Jaan_Tonisson_(Lasteleht), lk 134
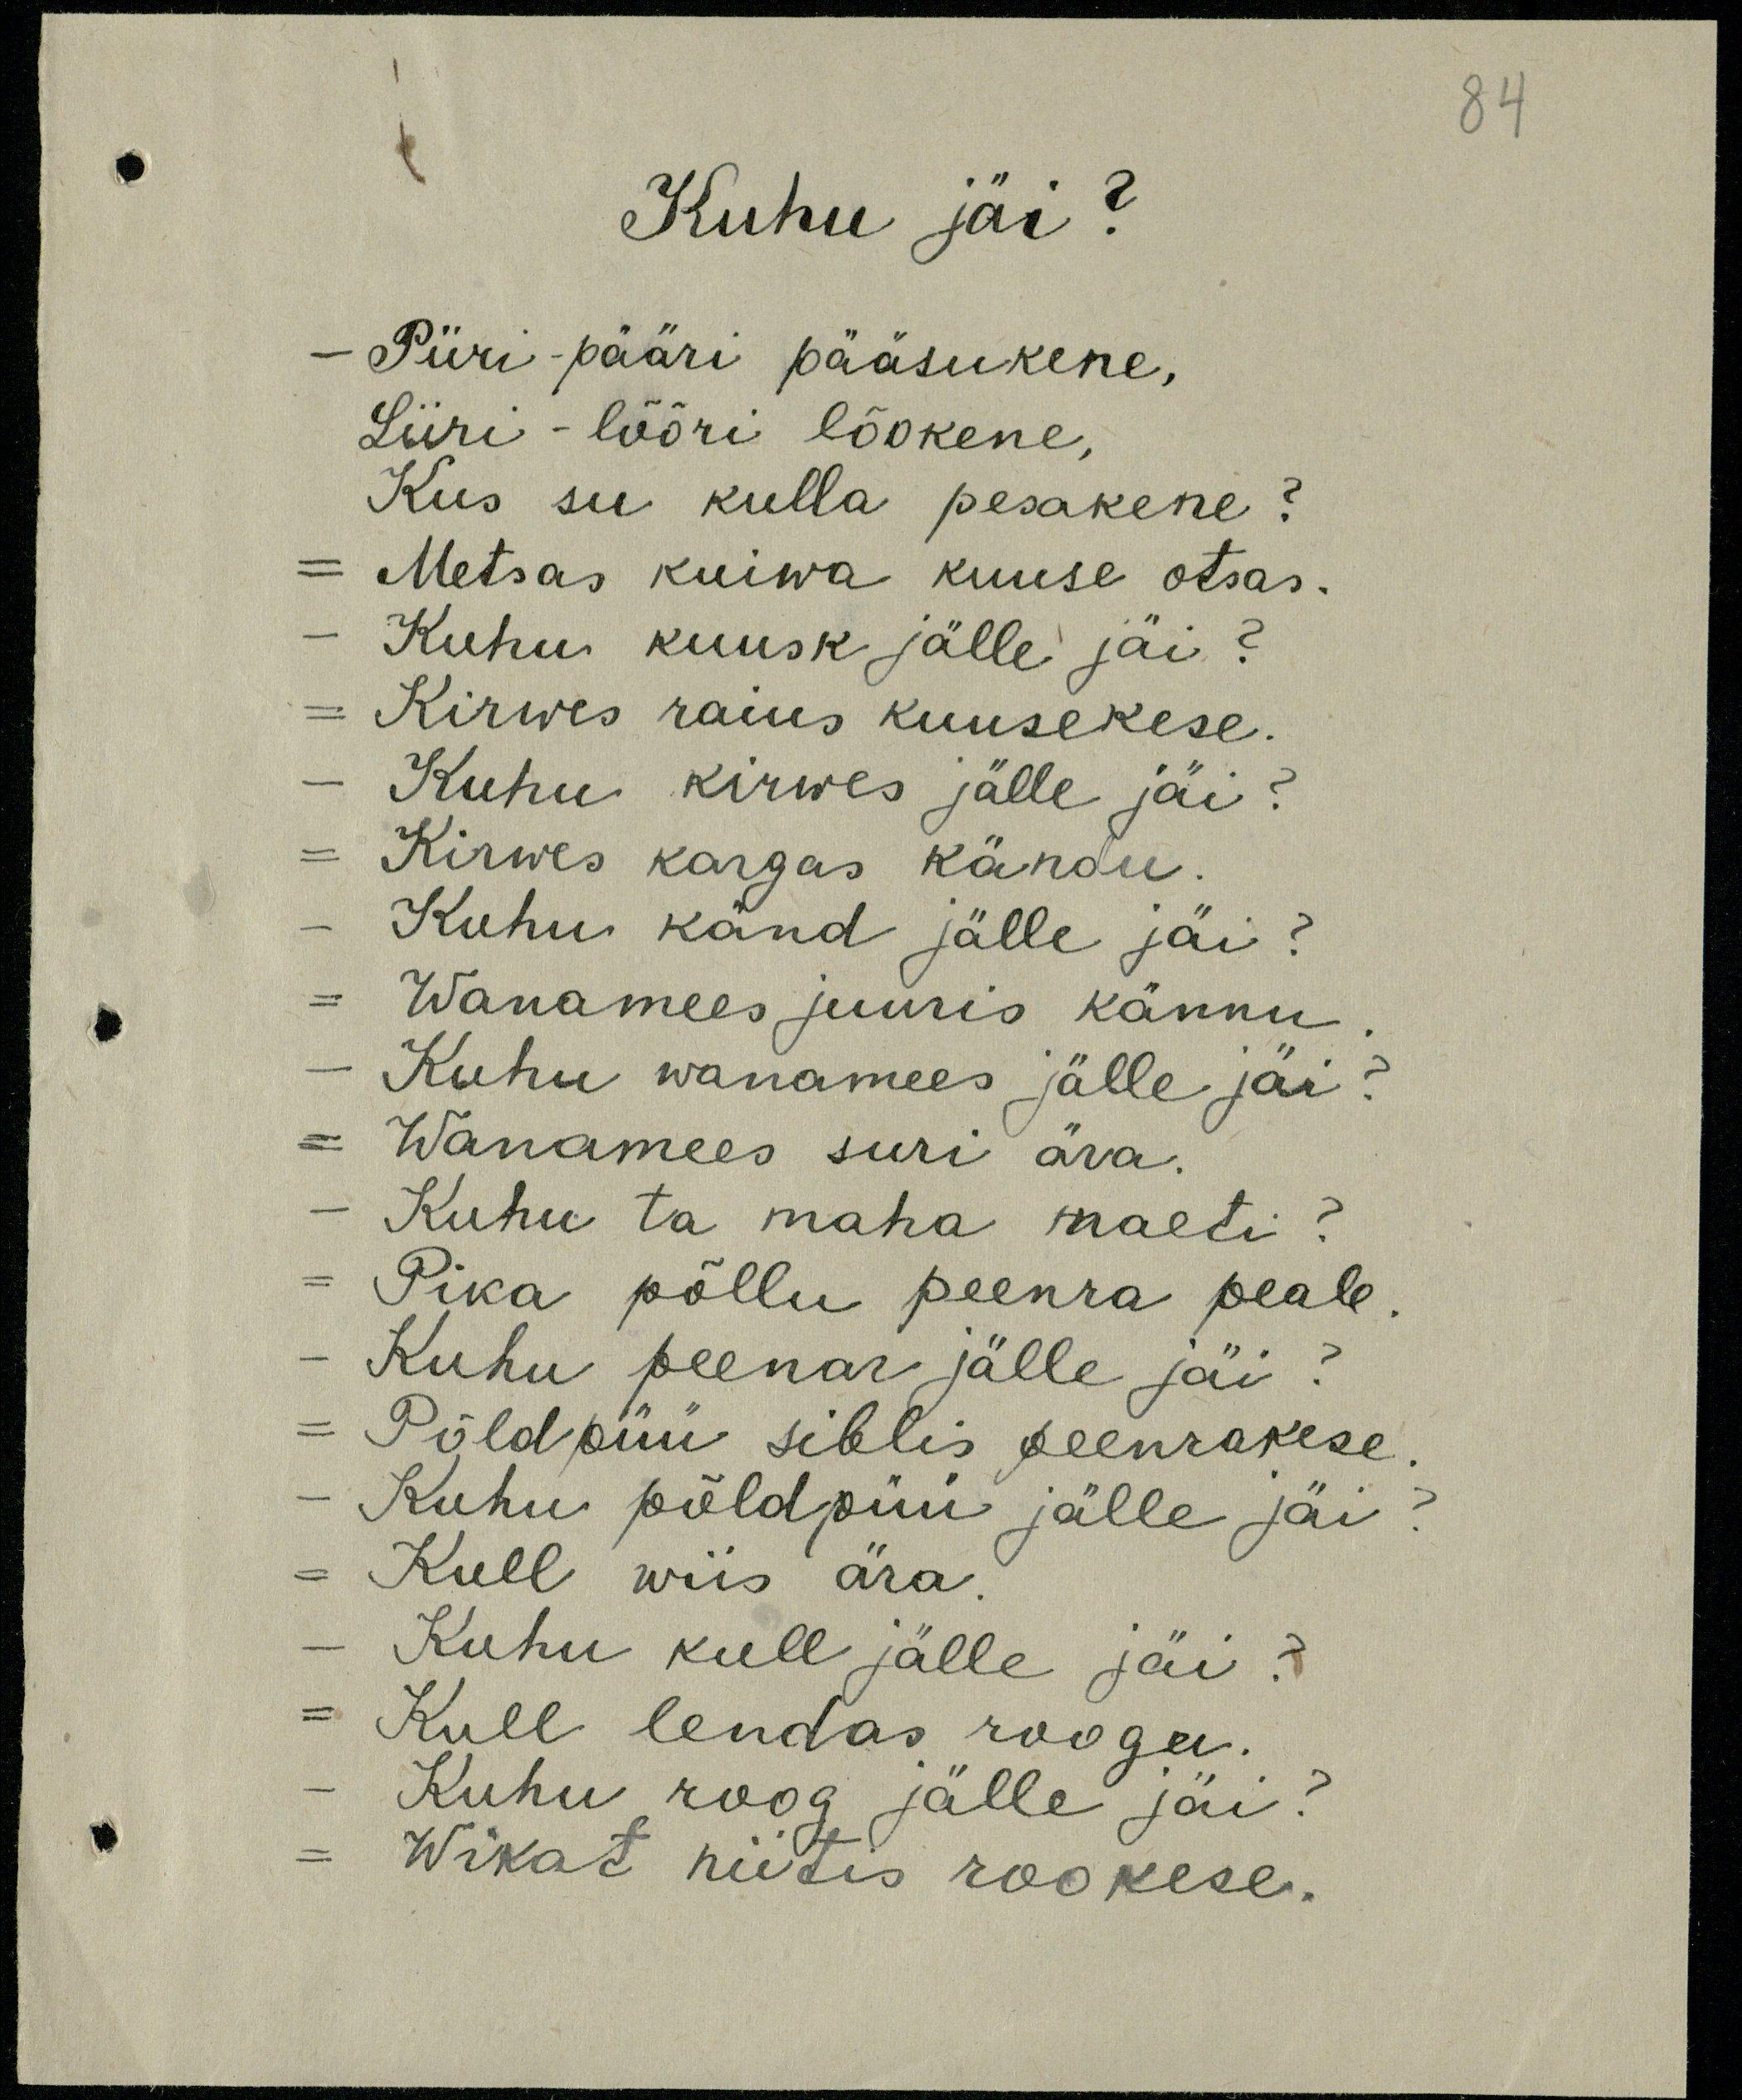
84

Kuhu jäi?
- Piiri-pääri pääsukene,
Liiri - lõõri lõokene,
Kus su kulla pesakene?
Metsas kuiwa kuuse otsas.
Kuhu kuusk jälle jäi?
Kirwes raius kuusekese.
Kuhu kirwes jälle jäi?
Kirwes kargas kändu.
Kuhu känd jälle jäi?
Wanamees juuris kännu
Kuhu wanamees jälle jäi?
- Wanamees suri ära.
Kuhu ta maha maeti?
Pika põllu peenra peale
Kuhu peenar jälle jäi:
- Põldpüü siblis peenrakese
- Kuhu põldpüü jälle jäi?
- Kull wiis ära.
Kuhu kull jälle jäi?
- Kull lendas roogu.
- Kuhu roog jälle jäi?
- Wikat niitis rookese.